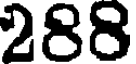
288